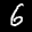
Label: 6